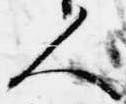
人